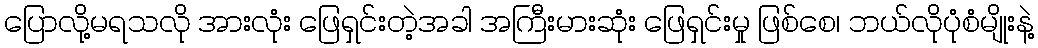
ပြောလို့မရသလို အားလုံး ဖြေရှင်းတဲ့အခါ အကြီးမားဆုံး ဖြေရှင်းမှု ဖြစ်စေ၊ ဘယ်လိုပုံစံမျိုးနဲ့